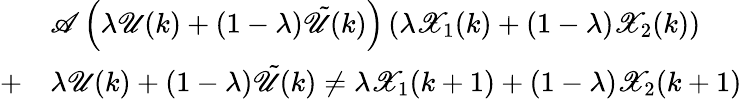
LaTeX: \begin{array}{rl}&{\mathscr{A}\left(\lambda\mathscr{U}(k)+\left(1-\lambda\right)\tilde{\mathscr{U}}(k)\right)\left(\lambda\mathscr{X}_{1}(k)+\left(1-\lambda\right)\mathscr{X}_{2}(k)\right)}\\ {+}&{\lambda\mathscr{U}(k)+\left(1-\lambda\right)\tilde{\mathscr{U}}(k)\neq\lambda\mathscr{X}_{1}(k+1)+\left(1-\lambda\right)\mathscr{X}_{2}(k+1)}\end{array}